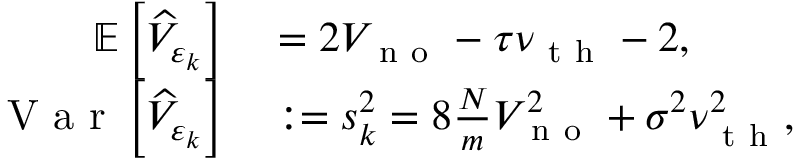
\begin{array} { r l } { \mathbb { E } \left[ \widehat { V } _ { \varepsilon _ { k } } \right] } & { { } = 2 V _ { \mathrm { ~ n ~ o ~ } } - \tau \nu _ { \mathrm { ~ t ~ h ~ } } - 2 , } \\ { \mathrm { ~ V ~ a ~ r ~ } \left[ \widehat { V } _ { \varepsilon _ { k } } \right] } & { { } : = s _ { k } ^ { 2 } = 8 \frac { N } { m } V _ { \mathrm { ~ n ~ o ~ } } ^ { 2 } + \sigma ^ { 2 } \nu _ { \mathrm { ~ t ~ h ~ } } ^ { 2 } , } \end{array}